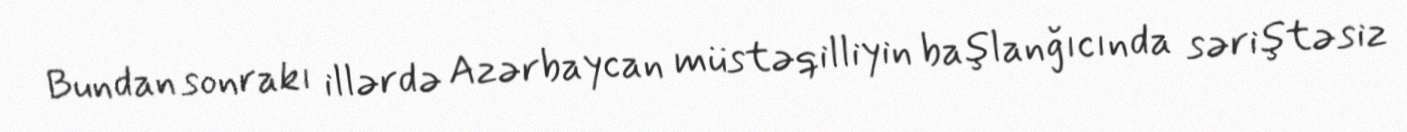
Bundan sonrakı illərdə Azərbaycan müstəqilliyin başlanğıcında səriştəsiz